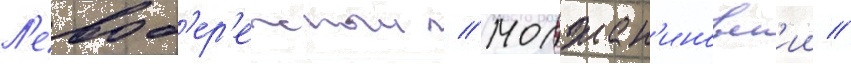
Л'евоб'ер'ежныи // Молжан'иновск'ии //